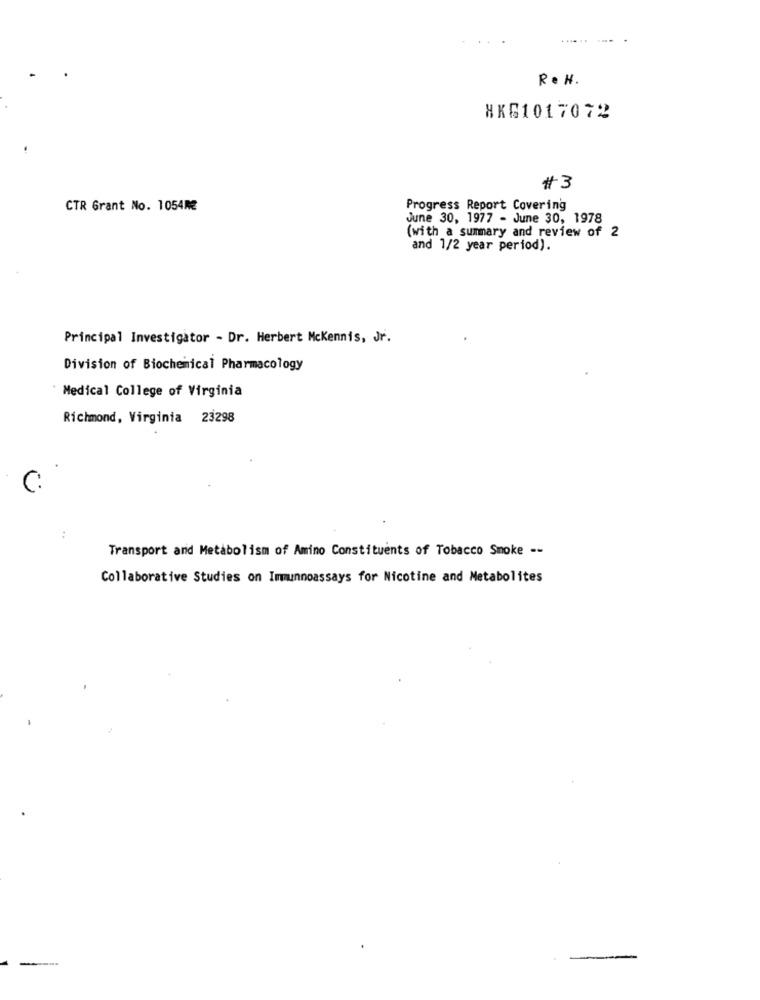
Re H.
HKG1017072
#3
CTR Grant No. 1054M
Progress Report Covering
June 30, 1977 - June 30, 1978
(with a summary and review of 2
and 1/2 year period).
Principal Investigator - Dr. Herbert Mckennis, Jr.
Division of Biochemical Pharmacology
Medical College of Virginia
Richmond, Virginia 23298
.
..
Transport and Metabolism of Amino Constituents of Tobacco Smoke --
Collaborative Studies on Immunnoassays for Nicotine and Metabolites